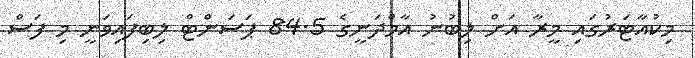
މިކުއާޓަރުގައި މީރާ އަށް ލިބުނު އާމްދަނީގެ 84.5 ޕަސަންޓް ލިބިފައިވަނީ މި ފަސް